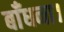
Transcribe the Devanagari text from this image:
बाँधना।